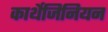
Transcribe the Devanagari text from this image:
कार्थेजिनियन